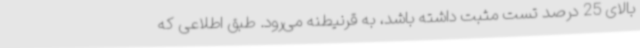
بالای 25 درصد تست مثبت داشته باشد، به قرنیطنه می‌رود. طبق اطلاعی که